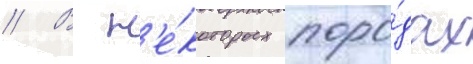
// В н'е́которых поро́дах